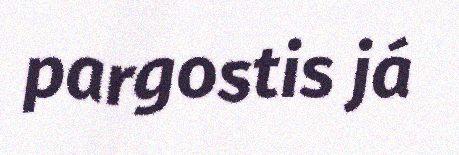
pargostis já